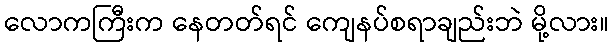
လောကကြီးက နေတတ်ရင် ကျေနပ်စရာချည်းဘဲ မို့လား။